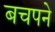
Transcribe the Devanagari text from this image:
बचपने